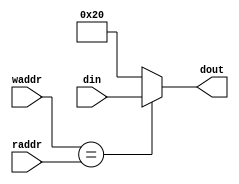
module LCD_memory_map (
	input		   [4:0]	raddr,
	input		   [7:0]	din,
	input		   [4:0]	waddr,
	output reg	[7:0]	dout
	);
	
   always @(raddr, din, waddr)
      if (waddr == raddr)
         dout = din;
      else
         dout = " ";
	
endmodule